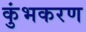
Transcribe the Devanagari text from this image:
कुंभकरण